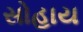
સોહાય